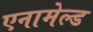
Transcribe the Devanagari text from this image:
एनामेल्ड